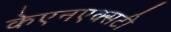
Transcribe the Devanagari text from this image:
केएनएक्सटी